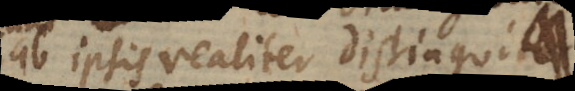
ab ipsis realiter distingui.